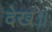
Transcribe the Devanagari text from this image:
देख॥